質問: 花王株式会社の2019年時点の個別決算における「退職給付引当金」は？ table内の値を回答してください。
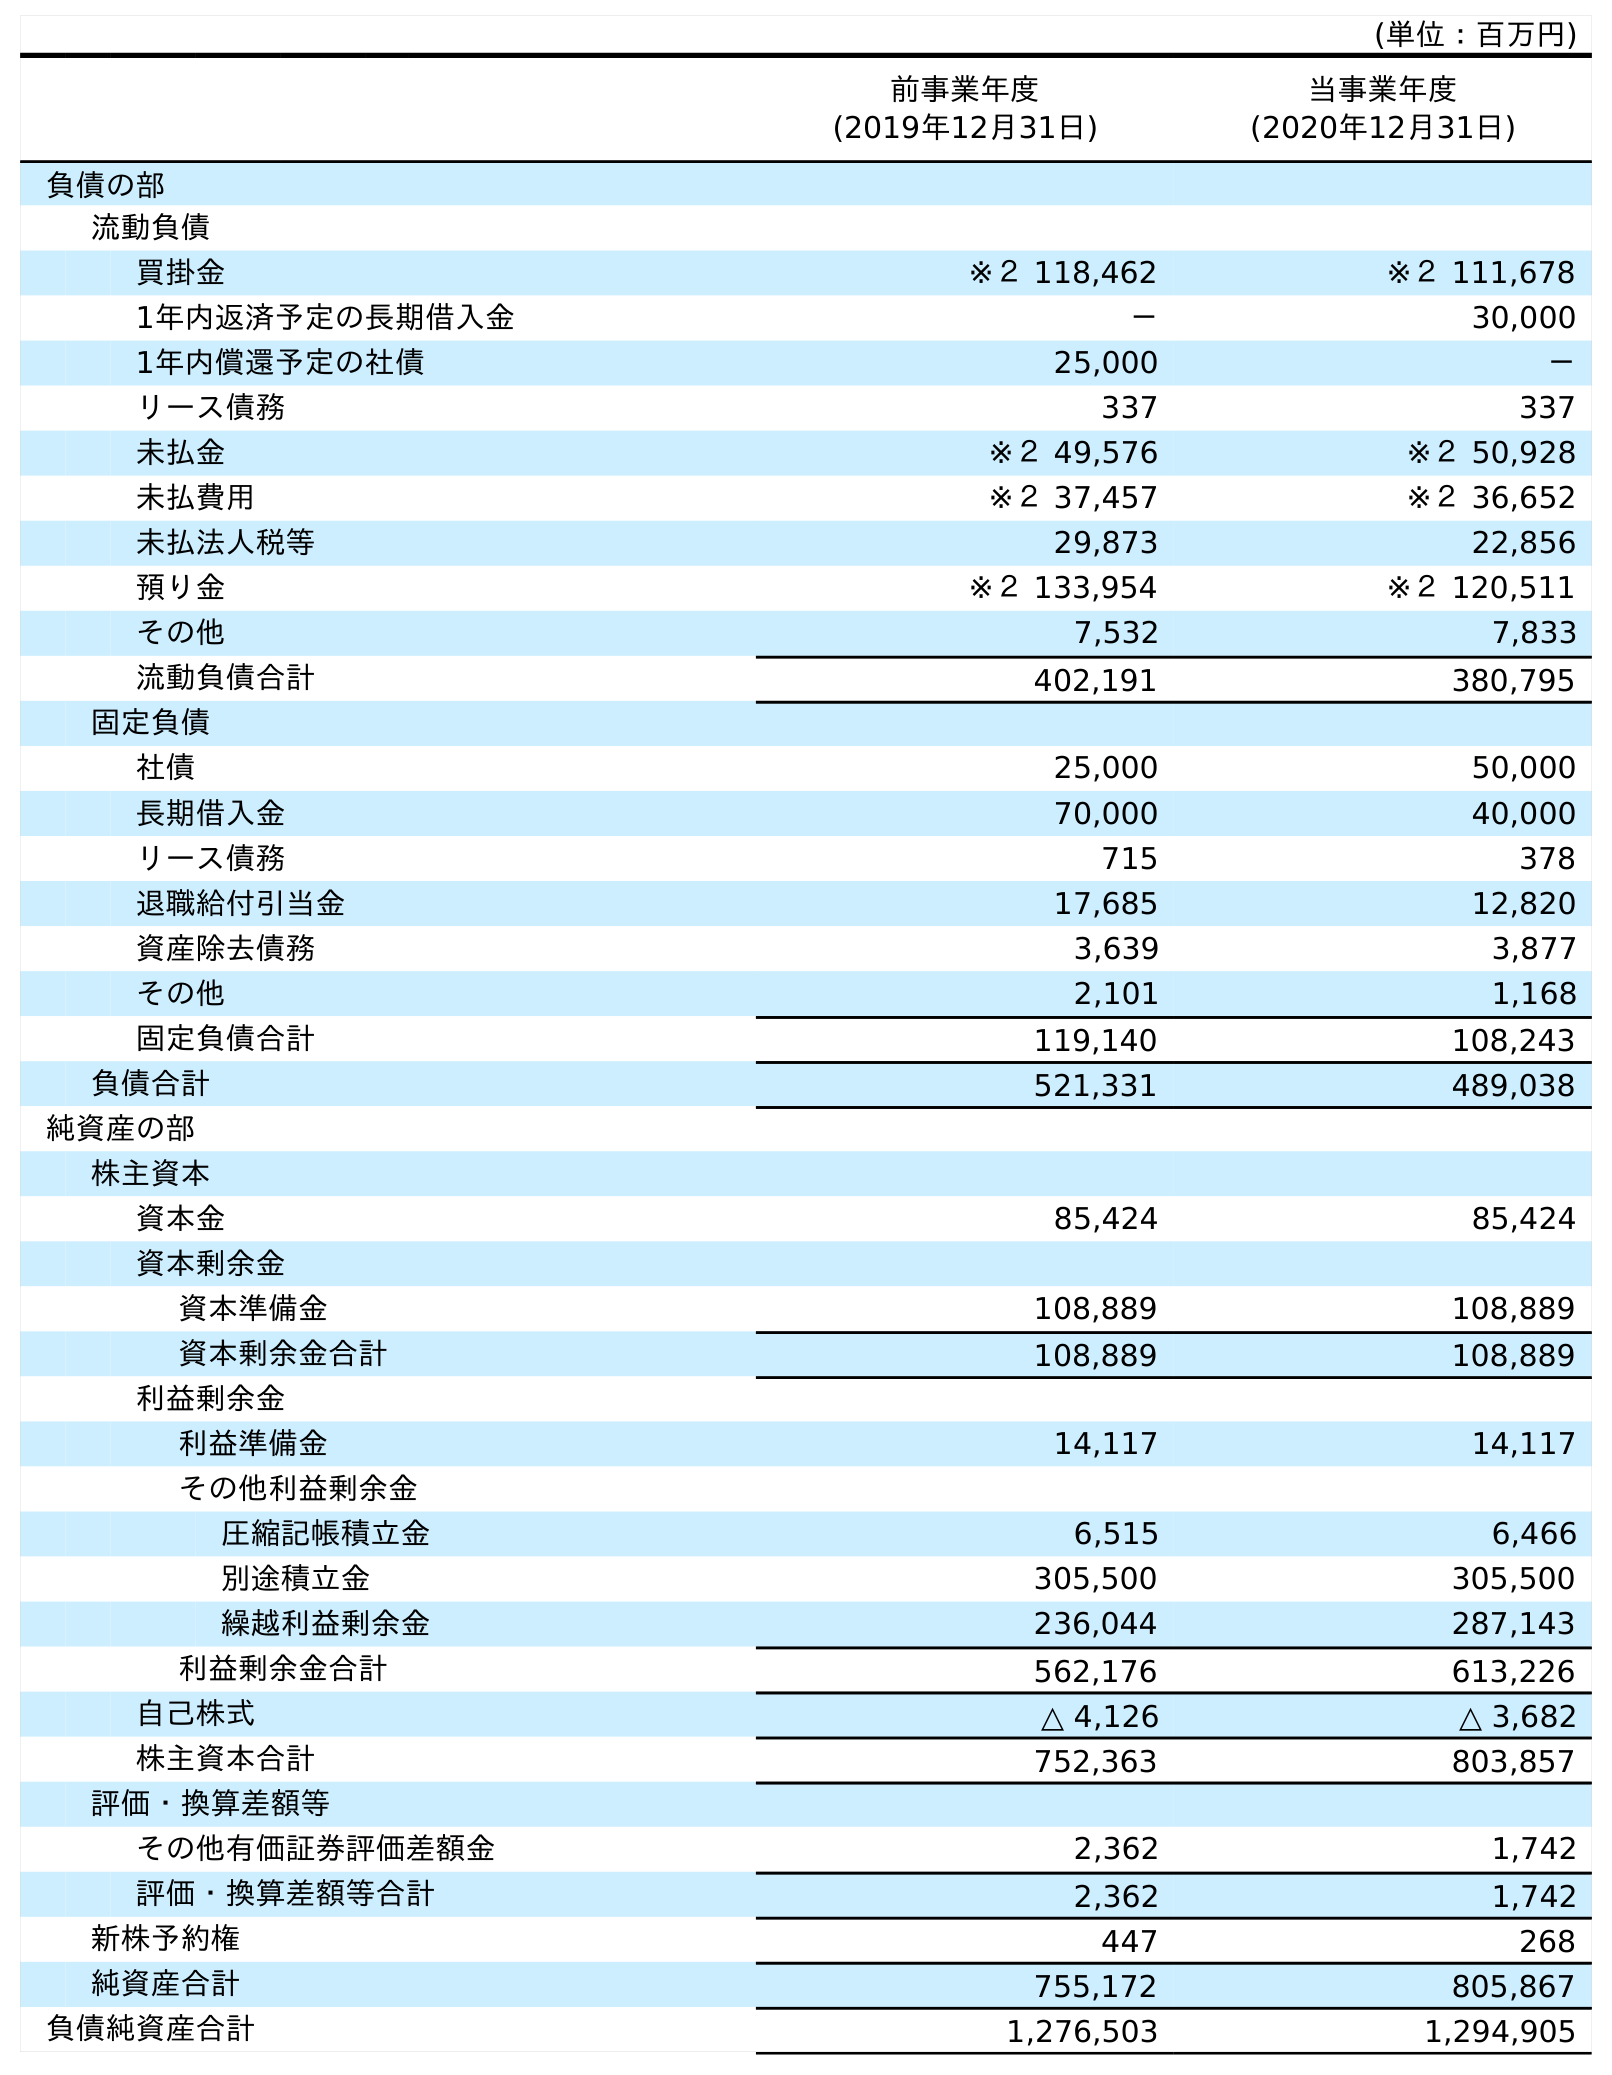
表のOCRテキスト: (単位：百万円) 前事業年度 (2019年12月31日) 当事業年度 (2020年12月31日) 負債の部 流動負債 買掛金 ※２ 118,462 ※２ 111,678 1年内返済予定の長期借入金 － 30,000 1年内償還予定の社債 25,000 － リース債務 337 337 未払金 ※２ 49,576 ※２ 50,928 未払費用 ※２ 37,457 ※２ 36,652 未払法人税等 29,873 22,856 預り金 ※２ 133,954 ※２ 120,511 その他 7,532 7,833 流動負債合計 402,191 380,795 固定負債 社債 25,000 50,000 長期借入金 70,000 40,000 リース債務 715 378 退職給付引当金 17,685 12,820 資産除去債務 3,639 3,877 その他 2,101 1,168 固定負債合計 119,140 108,243 負債合計 521,331 489,038 純資産の部 株主資本 資本金 85,424 85,424 資本剰余金 資本準備金 108,889 108,889 資本剰余金合計 108,889 108,889 利益剰余金 利益準備金 14,117 14,117 その他利益剰余金 圧縮記帳積立金 6,515 6,466 別途積立金 305,500 305,500 繰越利益剰余金 236,044 287,143 利益剰余金合計 562,176 613,226 自己株式 △ 4,126 △ 3,682 株主資本合計 752,363 803,857 評価・換算差額等 その他有価証券評価差額金 2,362 1,742 評価・換算差額等合計 2,362 1,742 新株予約権 447 268 純資産合計 755,172 805,867 負債純資産合計 1,276,503 1,294,905
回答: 17,685